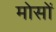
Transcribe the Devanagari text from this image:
मोसों